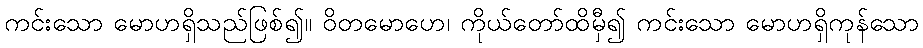
ကင်းသော မောဟရှိသည်ဖြစ်၍။ ဝိတမောဟေ၊ ကိုယ်တော်ထိမှီ၍ ကင်းသော မောဟရှိကုန်သော